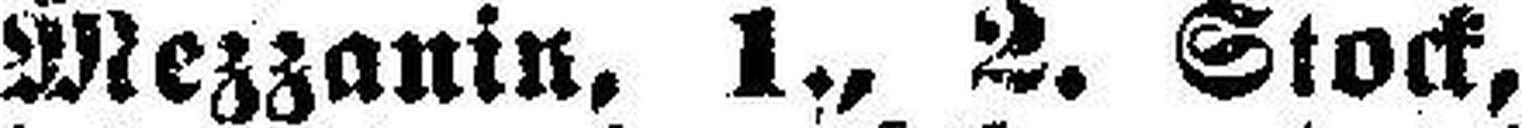
Mezzanin, 1., 2. Stock,